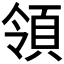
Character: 領